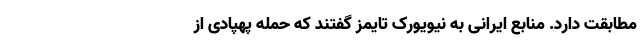
مطابقت دارد. منابع ایرانی به نیویورک تایمز گفتند که حمله پهپادی از